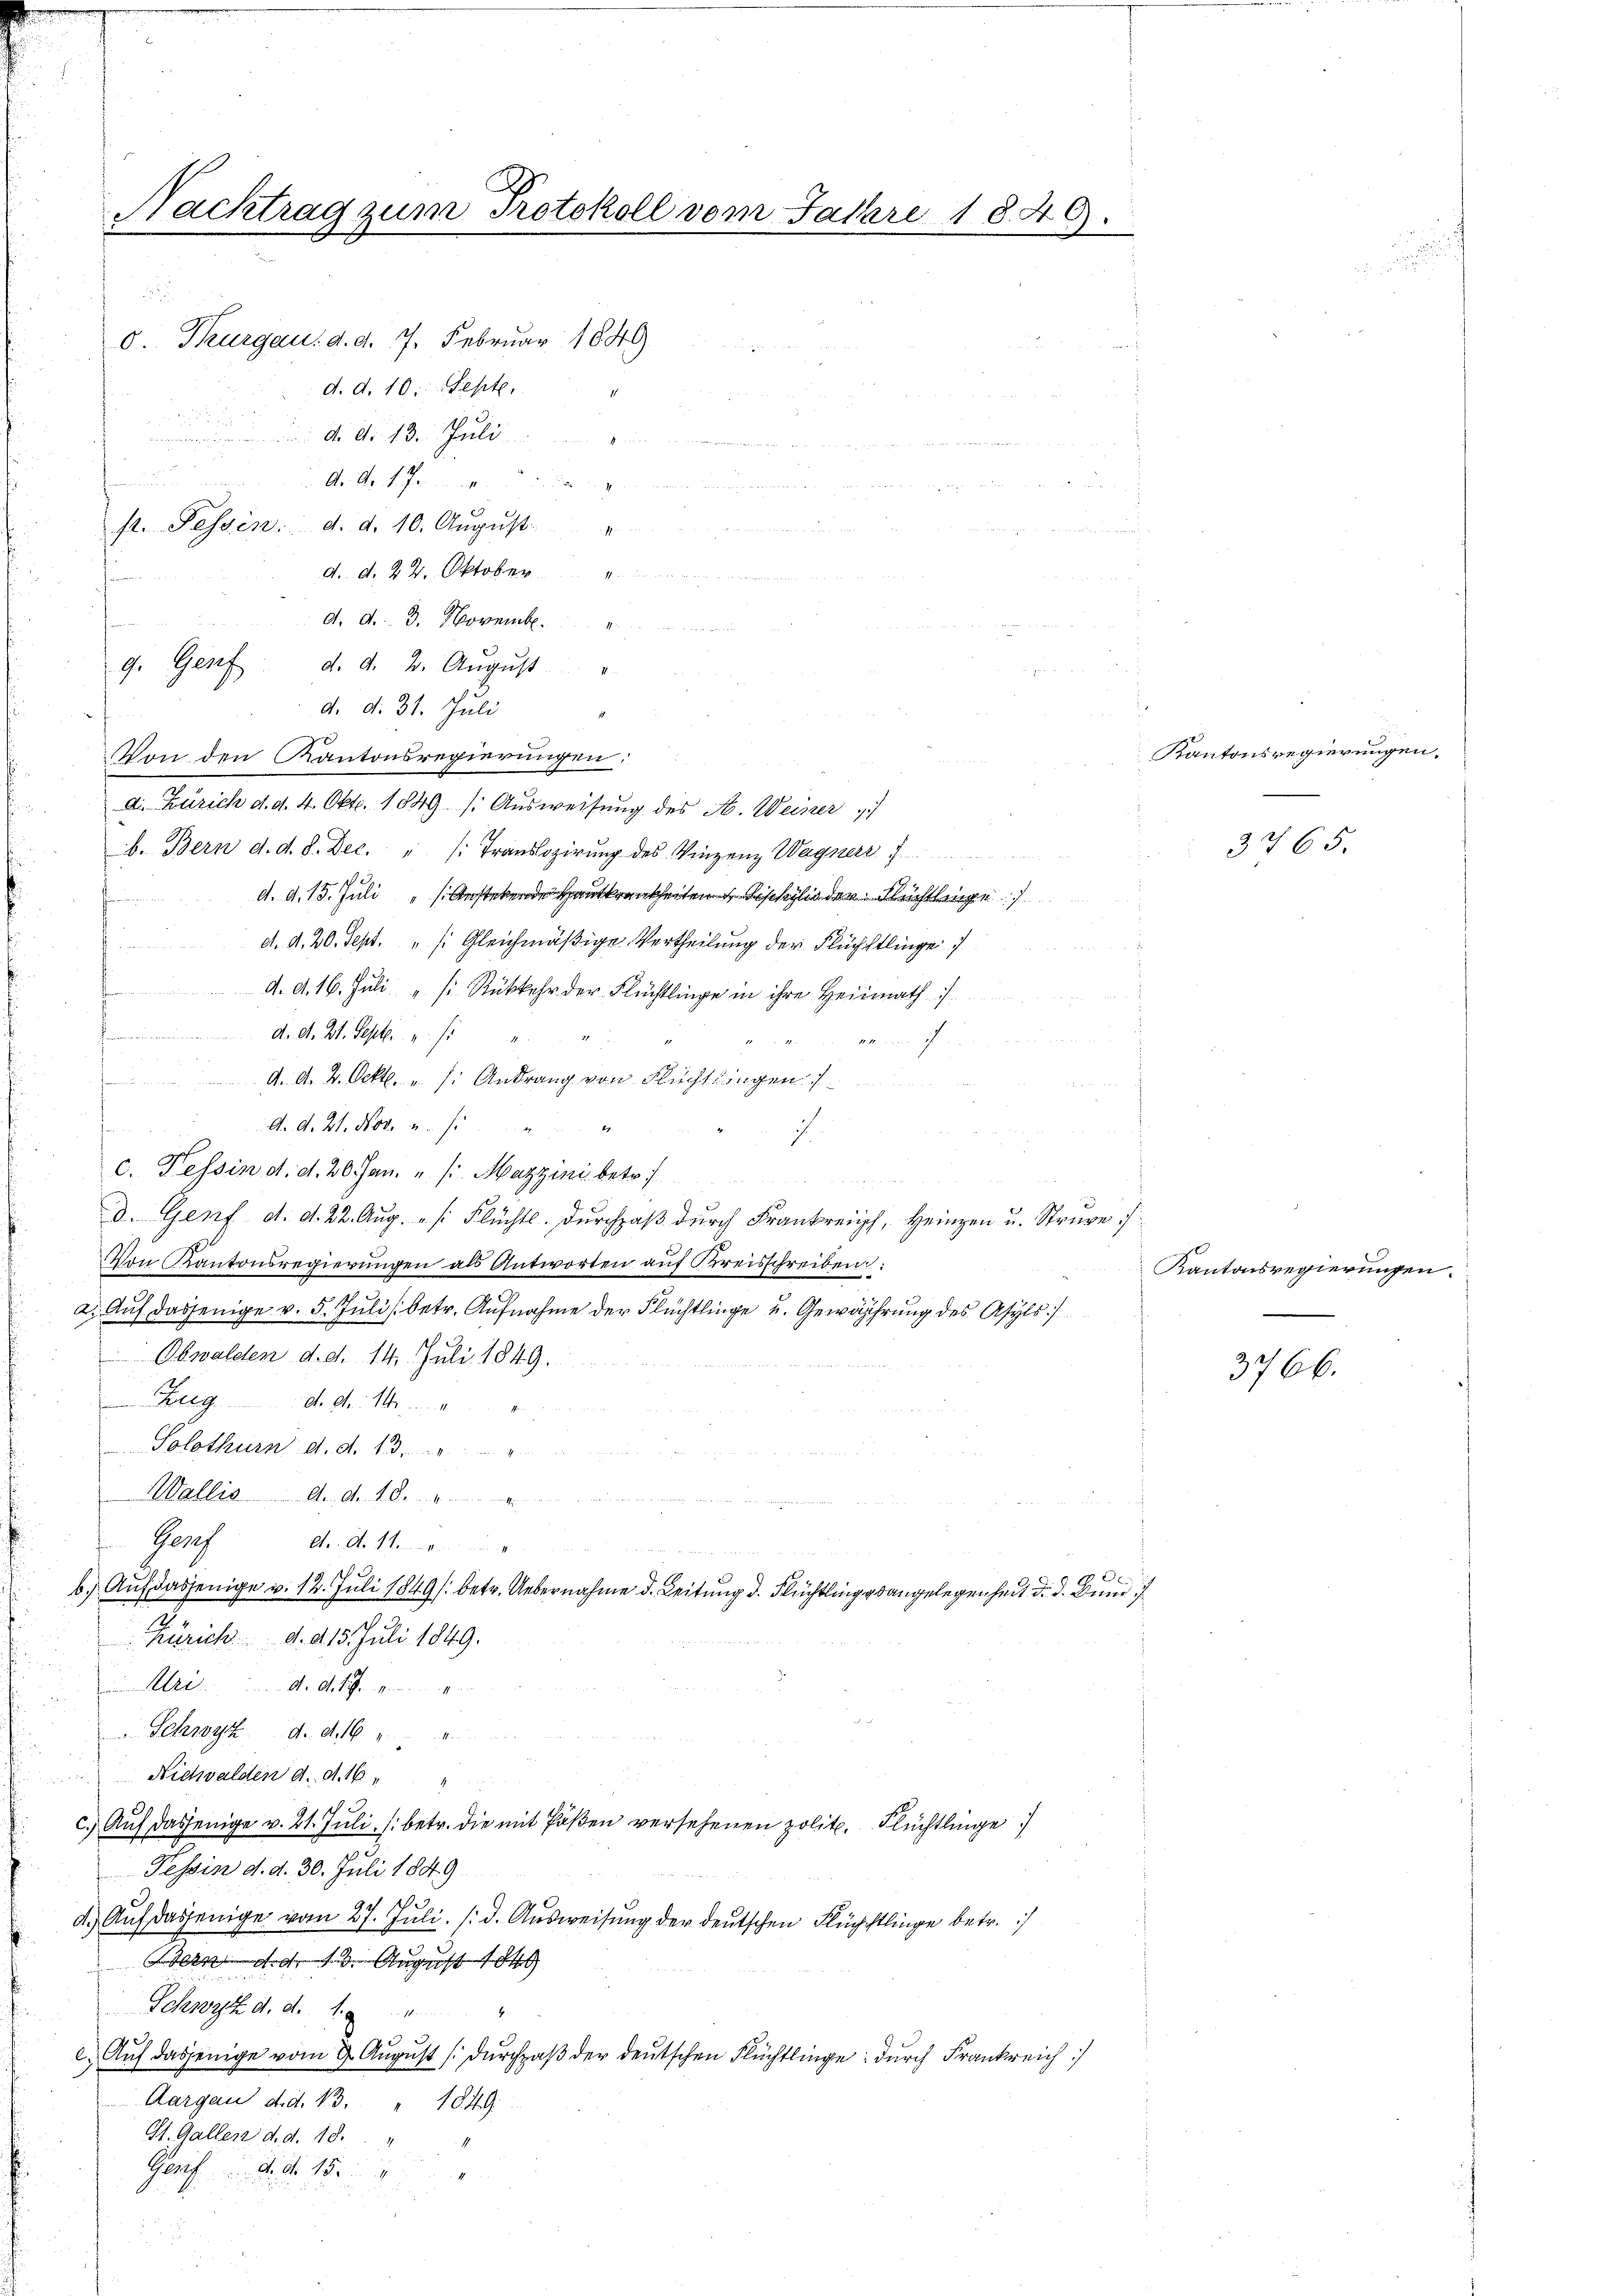
Nachtrag zum Protokoll vom Jahre 1846.
d. d. 10. Sept.
d. d. 13. Juli
d
 . der
u
n
A. S. 17
.
st. Fessen. d. d. 10. Aŭgŭst
u

d. Thurgau: d. d. 7. Februar 1849

d. d. 22. Oktober

un
d. d. 3. Novemb.
9. Genf
u
Von den Kantonsregierungen:
d. Zürich d. d. 4. Okt. 1849 ( Ausweisung des H. Weiner
b. Bern d. d. d. Dec. " /: Translozirŭng des Vinzenz Wagner
d. d. 13. Juli Anstekende Hankheiten Sophilis der Flüchtlinge
d. d. 20. Sept. "s. Gleichmäßige Vertheilung der Flüchtlinge
d. A. 16. Juli " (: Rückkehr der Flüchtlinge in ihre Heirath
d. A. Zt. Sept. u.
we im F
d. d. 2. Okt. u. s. Andrang von Flüchtlingen
A. A. Zt. Nov. u. s
7
c. Tessin d. d. 20. Jan. u. s. Mazzini betr.
d. Genf d. d. 22. Aug. „ /: Flüchtl. Durchpaß durch Krankreich, Heinzen u. Struve
Von Kantonsregierungen als Antworten auf Kreisschreiben:
Auf dasjenige v. 5. Juli betr. Aufnahme der Flüchtlinge u. Gewährung des Asyls
Obwalden d. d. 14. Juli 1849.
. A
Solothurn d. d. 13.
Wallis . . . . . . . . . . . . .
Parch
et.. A. 11.
Auf dasjenige v. 12. Juli 1849 /: betr. Uebernahme d. Leitung d. Flüchtling angelegenheit d. d. Juni i
Zürich. d. 215. Juli 1849.
Art. A. A.
" Schwyz d. d. 16
Nictwalden d. d. 16 " "
Auf dasjenige v. 21. Juli, (betr. die mit Poßen versehenen polit. Flüchtlinge
Tessin d. d. 30. Juli 1849
dh
Auf dasjenige vom 27. Juli. /: d. Ausweisung der deutschen Flüchtlinge betr.
Bern d. d. 13. August 1849
Schwyz d. d. 1.
d
Auf dasjenige vom 2. August (durchpaß der deutschen Flüchtlinge durch Frankreich
Aargau d.d. 13. " 1849.
St. Gallen d. d. 18.
Genf d. d. 154

d. d. 2. August
d. d. 31. Juli

n

Kantonsregierungen.

3765.

Kantonsregierungen

3766.